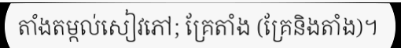
តាំងតម្កល់សៀវភៅ; គ្រែតាំង (គ្រែនិងតាំង)។